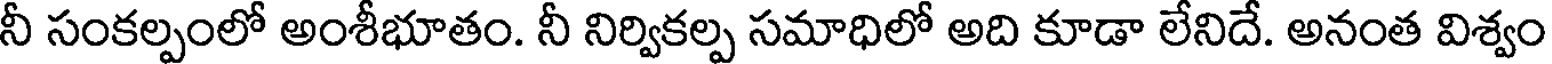
నీ సంకల్పంలో అంశీభూతం. నీ నిర్వికల్ప సమాధిలో అది కూడా లేనిదే. అనంత విశ్వం